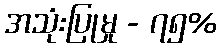
အသုံးပြုမှု - ၇၅%